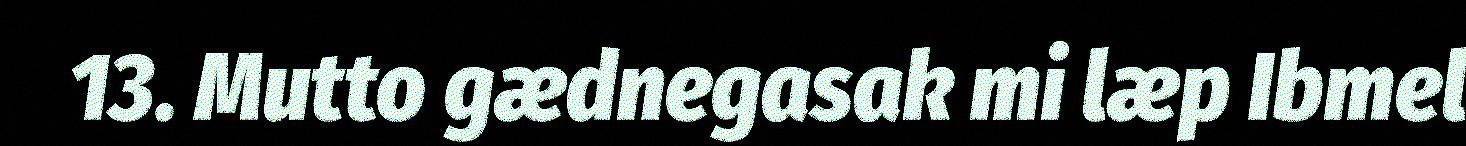
13. Mutto gædnegasak mi læp Ibmel